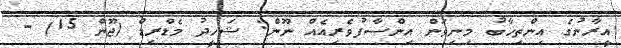
އީރާނުގެ އިންތިޚާބު މިނިވަން އިންސާފުވެރިއެއް ނޫން: ޝަހީދު މެޑްރިޑް (ޖޫން 15) -